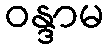
ဝန္ဒာမ